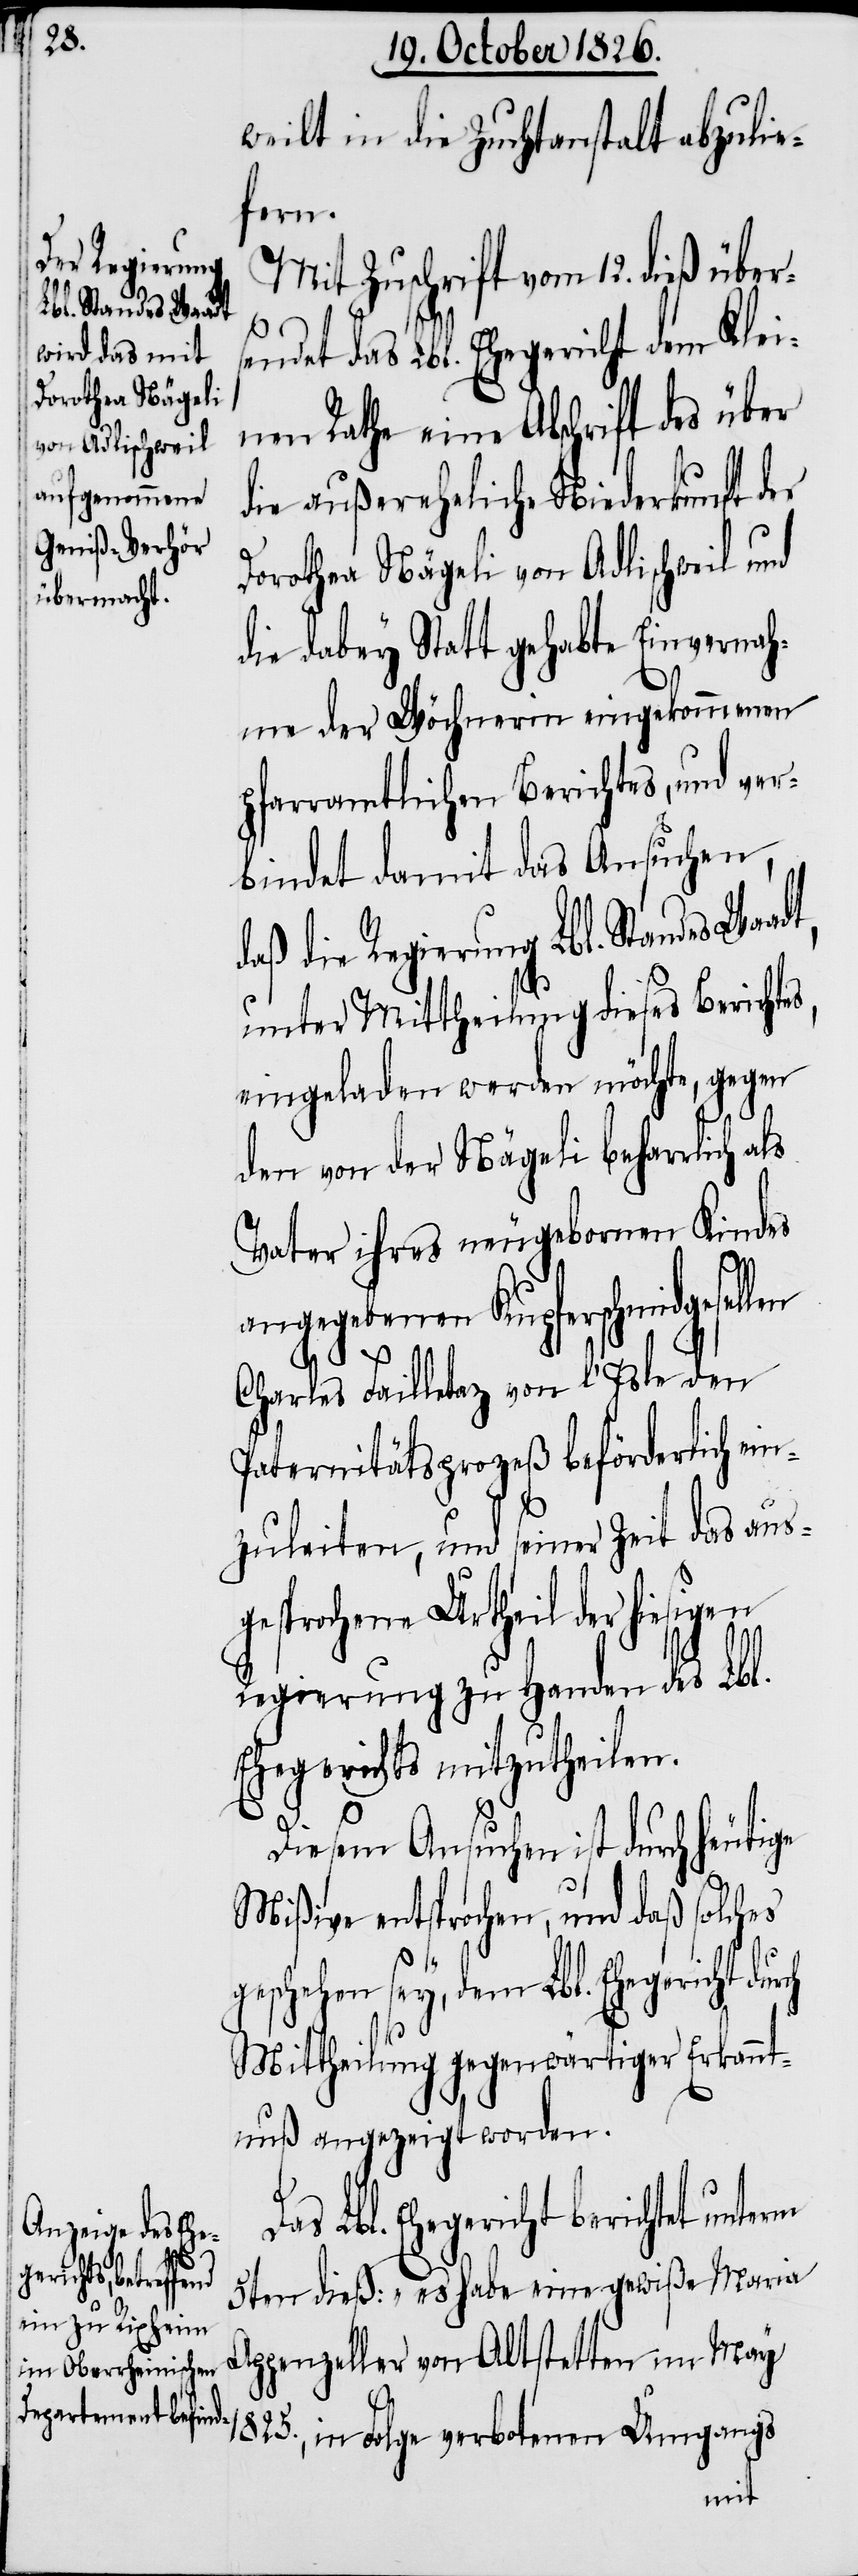
ch

weilt in die Zuchtanstalt abzulie¬
fern.
Mit Zuschrift vom 12. dieß über¬
sendet das Lbl. Ehegericht dem Klei¬
nen Rathe eine Abschrift des über
die außereheliche Niederkunft der
Dorothea Nägeli von Adlischweil und
die dabey Statt gehabte Einvernah¬
me der Wöchnerin eingekommenen
pfarramtlichen Berichtes, und ver¬
bindet damit das Ansuchen,
daß die Regierung Lbl. Standes Waa¬
unter Mittheilung dieses Berichtes,
eingeladen werden möchte, gegen
den von der Nägeli beharrlich als
Vater ihres neugeborenen Kindes
angegebenen Kupferschmidgesellen
dt,
Charles Failletaz von l’Isle den
Paternitätsprozeß beförderlich ein¬
ge
zuleiten, und seiner Zeit das aus¬
gesprochene Urtheil der hiesigen
Regierung zu Handen des Lbl.
Ehegerichts mitzutheilen.
Diesem Ansuchen ist durch heuti¬
Mißive entsprochen, und daß solches
geschehen sey, dem Lbl. Ehegericht dur¬
Mittheilung gegenwärtiger Erkannt¬
nuß angezeigt worden.
Lbl. Ehegericht berichtet unterm
5ten dieß: „es habe eine gewiße Maria
Appenzeller von Altstetten im May
1825; in Folge verbotenen Umgangs